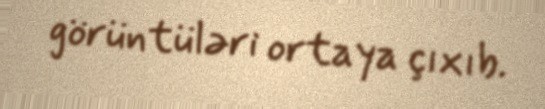
görüntüləri ortaya çıxıb.